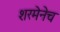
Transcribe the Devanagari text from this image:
शरमेनेच